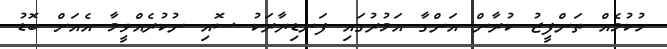
ހުކުމެއް ތަންފީޒު ކުރާން އަންގާ އަމުރުގައި ފަނޑިޔާރަކު ސޮއި ނުކުރެއްވީމާ އެއަށް ބޮޑު